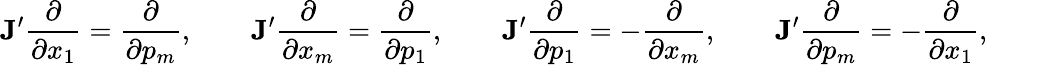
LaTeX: {\mathbf J}^{\prime}\frac{\partial}{\partial x_{1}}=\frac{\partial}{\partial p_{m}},\qquad{\mathbf J}^{\prime}\frac{\partial}{\partial x_{m}}=\frac{\partial}{\partial p_{1}},\qquad{\mathbf J}^{\prime}\frac{\partial}{\partial p_{1}}=-\frac{\partial}{\partial x_{m}},\qquad{\mathbf J}^{\prime}\frac{\partial}{\partial p_{m}}=-\frac{\partial}{\partial x_{1}},\qquad